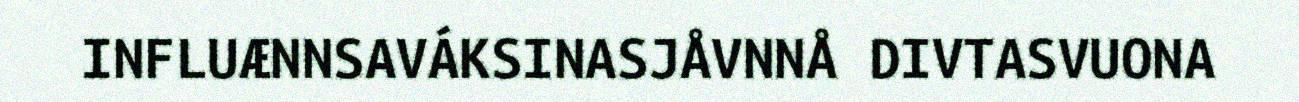
INFLUÆNNSAVÁKSINASJÅVNNÅ DIVTASVUONA